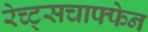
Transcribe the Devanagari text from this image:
रेच्ट्सचाफ्फेन